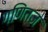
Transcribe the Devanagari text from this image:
गणितज